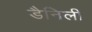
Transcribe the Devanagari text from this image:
डैनिली